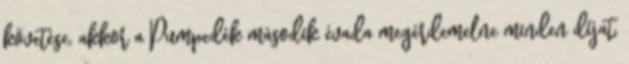
követése, akkor a Pumpedék második évada megérdemelne minden díjat,